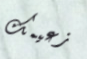
زعيمك